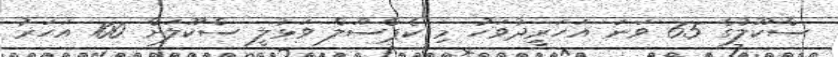
ސްކޫލުގެ 65 ވަނަ އަހަރީދުވަހު މި ކެޕްސޫލް ވަޅުލީ ސްކޫލަށް 100 އަހަރު